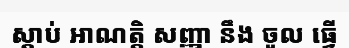
ស្តាប់ អាណត្តិ សញ្ញា នឹង ចូល ធ្វើ